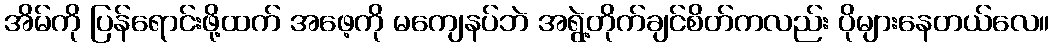
အိမ်ကို ပြန်ရောင်းဖို့ထက် အဖေ့ကို မကျေနပ်ဘဲ အရွဲ့တိုက်ချင်စိတ်ကလည်း ပိုများနေတယ်လေ။